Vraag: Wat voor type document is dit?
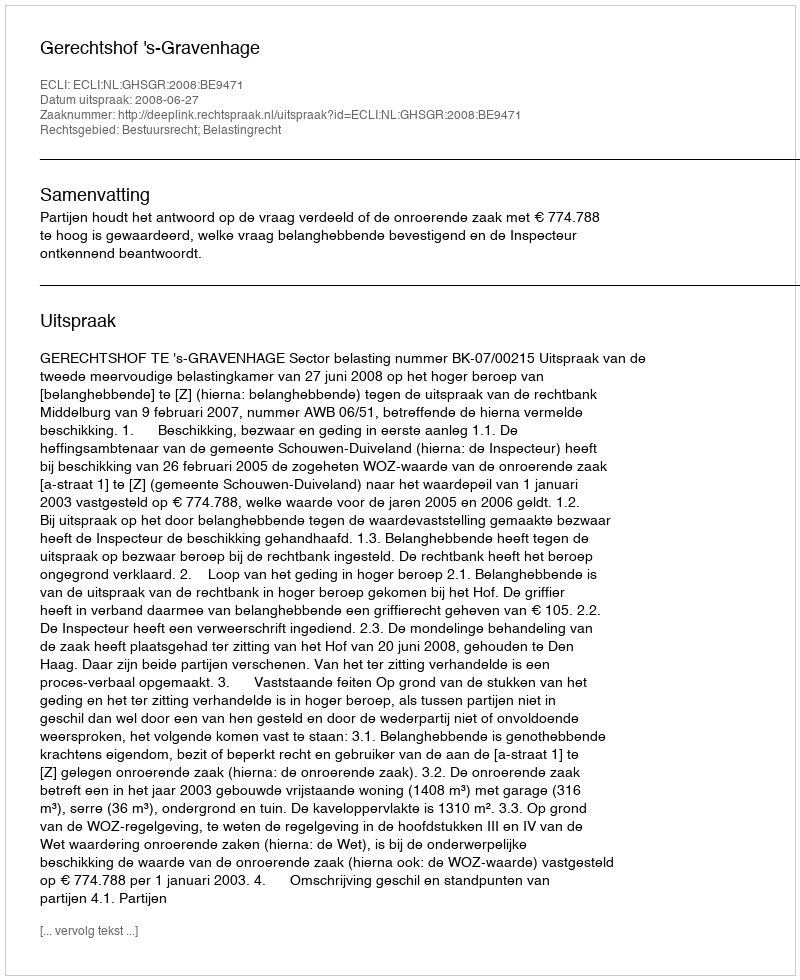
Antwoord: Uitspraak